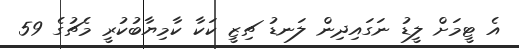
އެ ޓީމަށް ލީޑު ނަގައިދިން ލަނޑު ޗިޒީ ކަކާ ކާމިޔާބުކުރީ މެޗުގެ 59